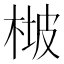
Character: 𣔡